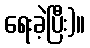
ရေးခဲ့ပြီး)။